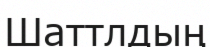
Шаттлдың